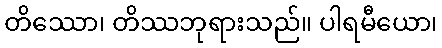
တိဿော၊ တိဿဘုရားသည်။ ပါရမီယော၊